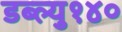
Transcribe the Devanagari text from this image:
डब्ल्यु१४०